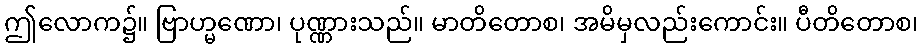
ဤလောက၌။ ဗြာဟ္မဏော၊ ပုဏ္ဏားသည်။ မာတိတောစ၊ အမိမှလည်းကောင်း။ ပီတိတောစ၊